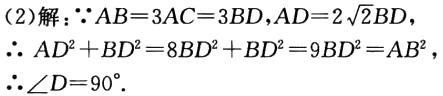
(2)解：$\because AB = 3AC = 3BD,AD = 2\sqrt{2}BD$，
$\therefore AD^{2}+BD^{2}=8BD^{2}+BD^{2}=9BD^{2}=AB^{2}$，
$\therefore \angle D = 90^{\circ}$.